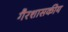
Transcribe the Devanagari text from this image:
गैरशासकीय